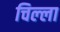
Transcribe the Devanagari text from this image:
चिल्‍ला